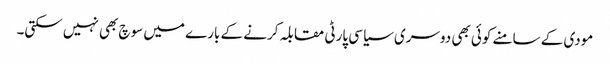
مودی کے سامنے کوئی بھی دوسری سیاسی پارٹی مقابلہ کرنے کے بارے میں سوچ بھی نہیں سکتی۔